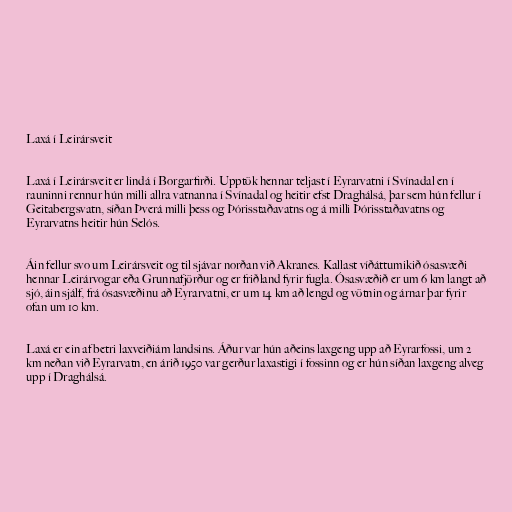
Laxá í Leirársveit

Laxá í Leirársveit er lindá í Borgarfirði. Upptök hennar teljast í Eyrarvatni í Svínadal en í
rauninni rennur hún milli allra vatnanna í Svínadal og heitir efst Draghálsá, þar sem hún fellur í
Geitabergsvatn, síðan Þverá milli þess og Þórisstaðavatns og á milli Þórisstaðavatns og
Eyrarvatns heitir hún Selós.

Áin fellur svo um Leirársveit og til sjávar norðan við Akranes. Kallast víðáttumikið ósasvæði
hennar Leirárvogar eða Grunnafjörður og er friðland fyrir fugla. Ósasvæðið er um 6 km langt að
sjó, áin sjálf, frá ósasvæðinu að Eyrarvatni, er um 14 km að lengd og vötnin og árnar þar fyrir
ofan um 10 km.

Laxá er ein af betri laxveiðiám landsins. Áður var hún aðeins laxgeng upp að Eyrarfossi, um 2
km neðan við Eyrarvatn, en árið 1950 var gerður laxastigi í fossinn og er hún síðan laxgeng alveg
upp í Draghálsá.